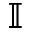
\mathbb { I }